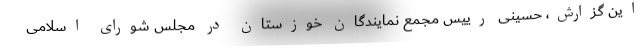
این گزارش، حسینی رییس مجمع نمایندگان خوزستان در مجلس شورای اسلامی